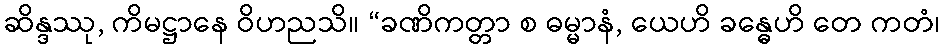
ဆိန္ဒဿု, ကိမဋ္ဌာနေ ဝိဟညသိ။ “ခဏိကတ္တာ စ ဓမ္မာနံ, ယေဟိ ခန္ဓေဟိ တေ ကတံ၊